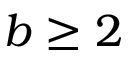
b \geq 2